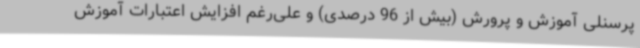
پرسنلی آموزش و پرورش (بیش از 96 درصدی) و علی‌رغم افزایش اعتبارات آموزش